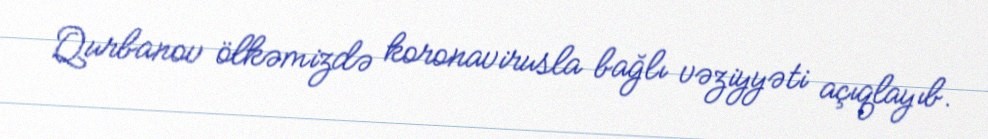
Qurbanov ölkəmizdə koronavirusla bağlı vəziyyəti açıqlayıb.